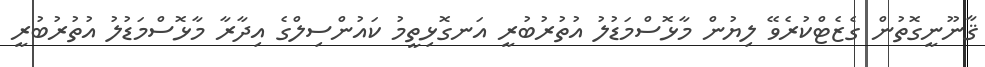
ޤާނޫނީގޮތުން ގެޒެޓްކުރެވޭ ލިޔުން މާޅޮސްމަޑުލު އުތުރުބުރީ އަނގޮޅިތީމު ކައުންސިލްގެ އިދާރާ މާޅޮސްމަޑުލު އުތުރުބުރީ